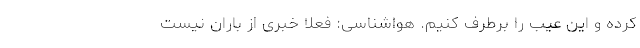
کرده و این عیب را برطرف کنیم. هواشناسی: فعلاً خبری از باران نیست